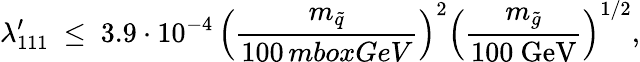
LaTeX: \lambda_{111}^{\prime}\ \le\ 3.9\cdot 10^{-4}\, \left(\frac{m_{\tilde{q}}}{100\, mbox{GeV}}\right)^{2}\left(\frac{m_{\tilde{g}}}{100\ \mathrm{GeV}}\right)^{1/2},